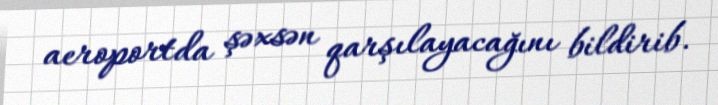
aeroportda şəxsən qarşılayacağını bildirib.